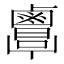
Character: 𪉷